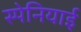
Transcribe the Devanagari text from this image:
स्‍पेनियाई